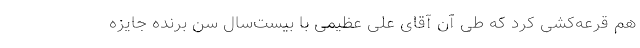
هم قرعه‌کشی کرد که طی آن آقای علی عظیمی با بیست‌سال سن برنده جایزه